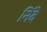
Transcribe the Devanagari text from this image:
निंदे